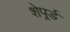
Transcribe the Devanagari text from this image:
शेपर्र्ड